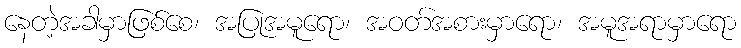
နေတဲ့အခါမှာဖြစ်စေ၊ အပြုအမူရော၊ အဝတ်အစားမှာရော၊ အမူအရာမှာရော